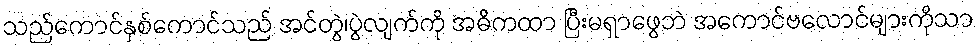
သည်ကောင်နှစ်ကောင်သည် အင်တွဲ၊ပွဲလျက်ကို အဓိကထာ ပြီးမရှာဖွေဘဲ အကောင်ဗလောင်များကိုသာ